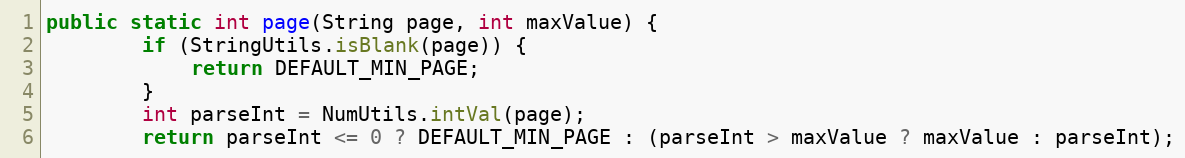
Language: Java
public static int page(String page, int maxValue) {
        if (StringUtils.isBlank(page)) {
            return DEFAULT_MIN_PAGE;
        }
        int parseInt = NumUtils.intVal(page);
        return parseInt <= 0 ? DEFAULT_MIN_PAGE : (parseInt > maxValue ? maxValue : parseInt);